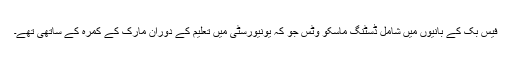
فیس بک کے بانیوں میں شامل ڈسٹنگ ماسکو وٹس جو کہ یونیورسٹی میں تعلیم کے دوران مارک کے کمرہ کے ساتھی تھے۔